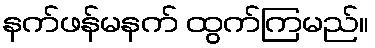
နက်ဖန်မနက် ထွက်ကြမည်။